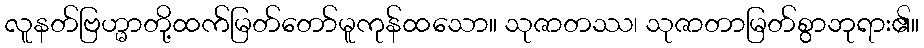
လူနတ်ဗြဟ္မာတို့ထက်မြတ်တော်မူကုန်ထသော။ သုဇာတဿ၊ သုဇာတာမြတ်စွာဘုရား၏။